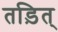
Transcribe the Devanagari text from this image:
तड़ित्‌